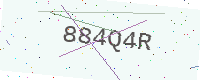
Text: 884Q4R